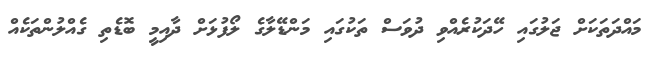
މައްދަތަކަށް ޖަލުގައި ހޭދަކުރެއްވި ދުވަސް ތަކުގައި މަންޑޭލާގެ ލޯފުޅަށް ދާއިމީ ބޮޑެތި ގެއްލުންތަކެއް